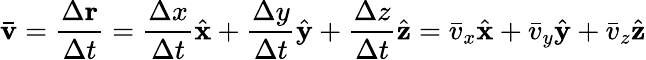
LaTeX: \mathbf{\bar{v}}={\frac{\Delta\mathbf{r}}{\Delta t}}={\frac{\Delta x}{\Delta t}}{\hat{\mathbf{x}}}+{\frac{\Delta y}{\Delta t}}{\hat{\mathbf{y}}}+{\frac{\Delta z}{\Delta t}}{\hat{\mathbf{z}}}={\bar{v}}_{x}{\hat{\mathbf{x}}}+{\bar{v}}_{y}{\hat{\mathbf{y}}}+{\bar{v}}_{z}{\hat{\mathbf{z}}}